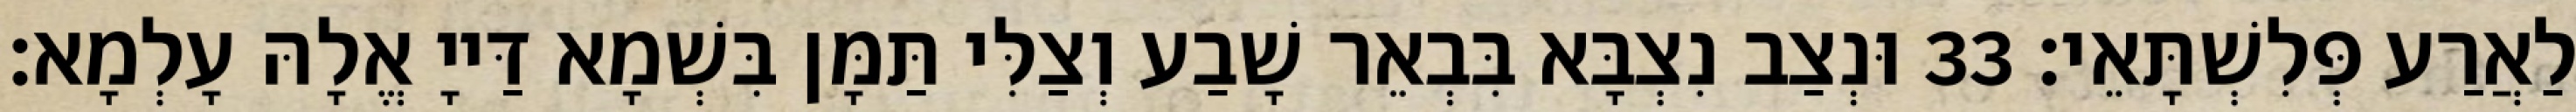
לַאֲרַע פְּלִשְׁתָּאֵי׃ 33 וּנְצַב נִצְבָּא בִּבְאֵר שָׁבַע וְצַלִּי תַּמָּן בִּשְׁמָא דַּייָ אֱלָהּ עָלְמָא׃